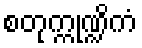
စတုက္ကုဏ္ဍိကံ